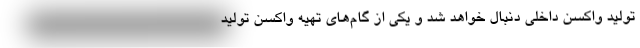
تولید واکسن داخلی دنبال خواهد شد و یکی از گام‌های تهیه واکسن تولید